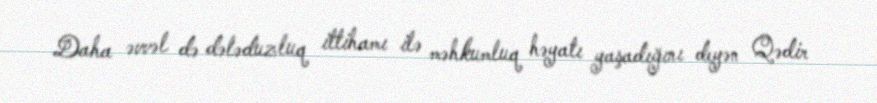
Daha əvvəl də dələduzluq ittihamı ilə məhkumluq həyatı yaşadığını deyən Qədir